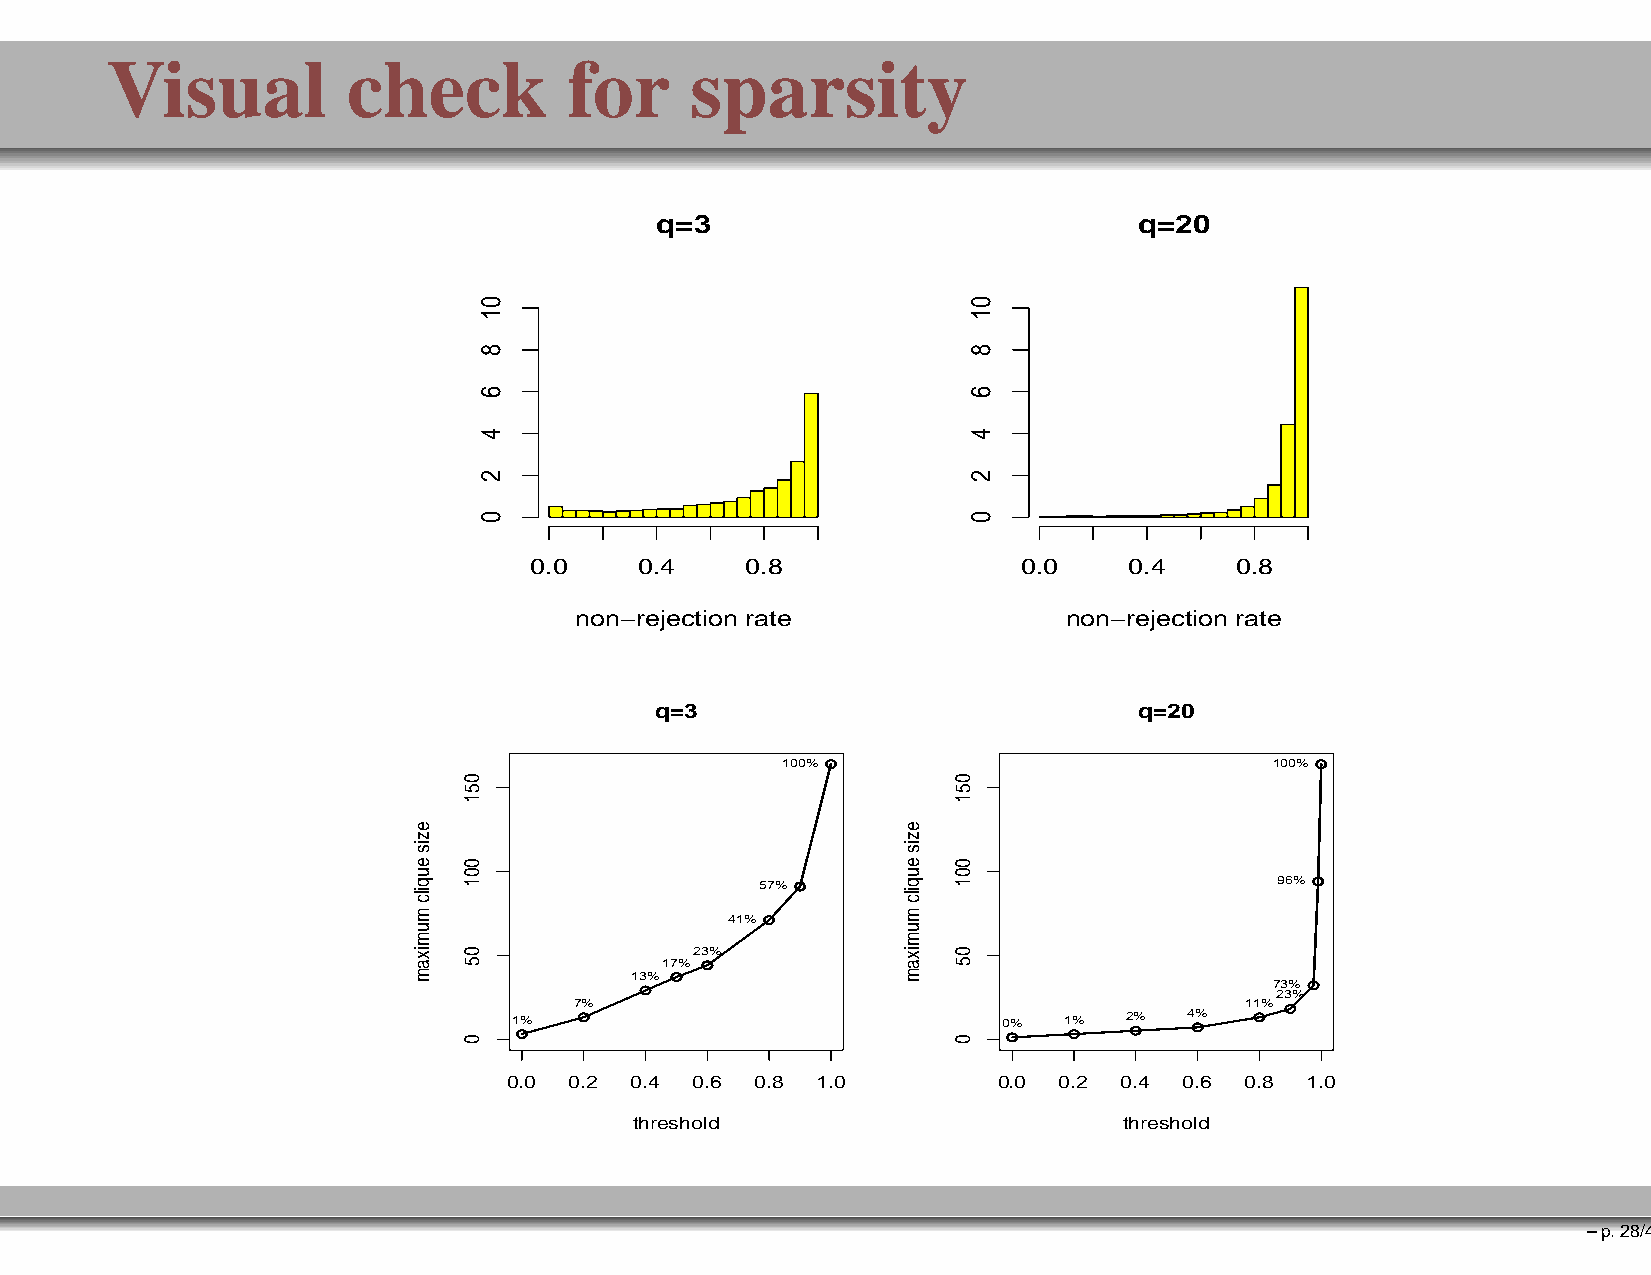
Visual          check          for     sparsity
 q=3                             q=20
 0.0    0.4    0.8                0.0    0.4    0.8
 non−rejection rate               non−rejection rate
 q=3                             q=20
 100%                            100%
 57%                                96%
 41%
 23%
 17%
 13%
 73%
 23%
 7%                                          11%
 1%                              0%  1%  2%   4%
 0.0 0.2 0.4 0.6 0.8 1.0         0.0 0.2 0.4 0.6 0.8 1.0
 threshold                       threshold
 –p.28/41
 ezis
 euqilc
 mumixam
 051
 001
 05
 0
 01
 8
 6
 4
 2
 0
 ezis
 euqilc
 mumixam
 051
 001
 05
 0
 01
 8
 6
 4
 2
 0